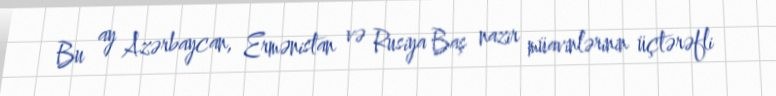
Bu ay Azərbaycan, Ermənistan və Rusiya Baş nazir müavinlərinin üçtərəfli